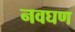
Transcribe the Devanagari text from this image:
नवघण